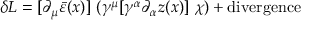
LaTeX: \delta { \cal L } = [ \partial _ { \mu } \bar { \varepsilon } ( x ) ] ~ ( \gamma ^ { \mu } [ \gamma ^ { \alpha } \partial _ { \alpha } z ( x ) ] ~ \chi ) + \mathrm { d i v e r g e n c e }